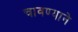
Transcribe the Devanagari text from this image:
चावण्याने